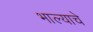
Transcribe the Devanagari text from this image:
भाल्याचे